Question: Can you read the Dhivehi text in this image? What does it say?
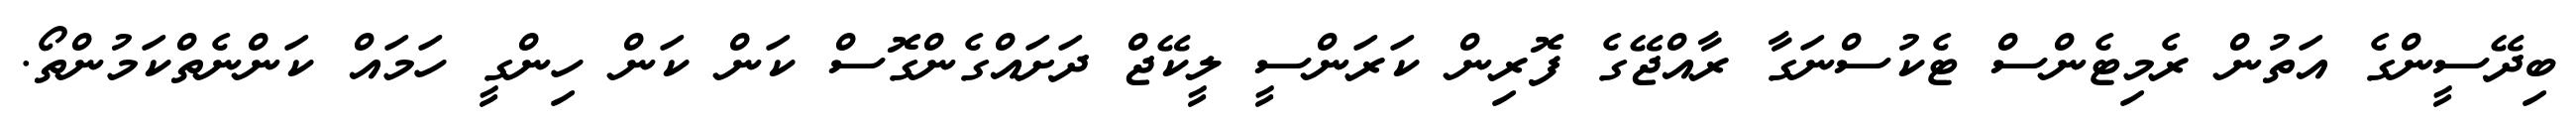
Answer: ބިދޭސީންގެ އަތުން ރެމިޓެންސް ޓެކުސްނަގާ ރާއްޖޭގެ ފޮރިން ކަރަންސީ ލީކޭޖް ދަށައްގެންގޮސް ކަން ކަން ހިންގީ ހަމައް ކަންނެތްކަމުންތޯ.